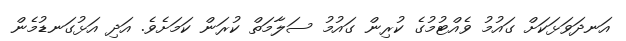
އަނދަވަޅަކަށް ގައުމު ވެއްޓުމުގެ ކުރިން ގައުމު ސަލާމަތް ކުރަން ކަމަށެވެ. އަދި އަޅުގަނޑުމެން